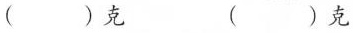
()克 ()克